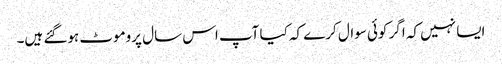
ایسا نہیں کہ اگر کوئی سوال کرے کہ کیا آپ اس سال پروموٹ ہوگئے ہیں۔